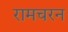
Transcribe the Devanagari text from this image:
रामचरन